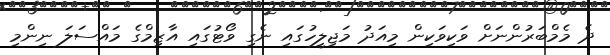
ދެ މެމްބަރުންނަށް ވަކިވަކިން މިއަދު މަޖިލީހުގައި ނެގި ވޯޓުގައި އާޒިމްގެ މައްސަލަ ނިންމި